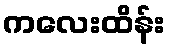
ကလေးထိန်း